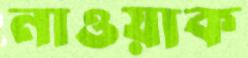
নাওয়াক